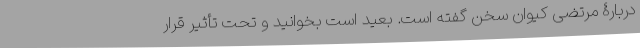
دربارۀ مرتضی کیوان سخن گفته است. بعید است بخوانید و تحت تأثیر قرار